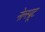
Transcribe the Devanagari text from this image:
नेल्स्प्रूट